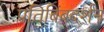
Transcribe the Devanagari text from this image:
प्रतिबिंबदर्शन